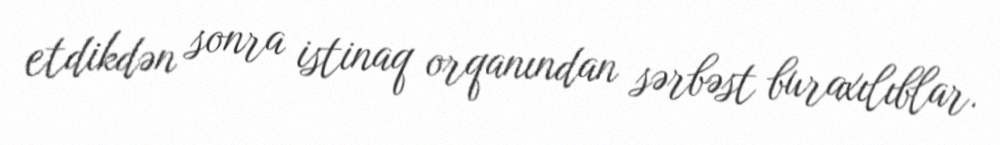
etdikdən sonra istinaq orqanından sərbəst buraxılıblar.